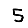
Digit: 5